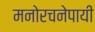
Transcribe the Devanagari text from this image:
मनोरचनेपायी